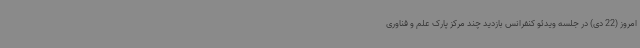
امروز (22 دی) در جلسه ویدئو کنفرانس بازدید چند مرکز پارک علم و فناوری